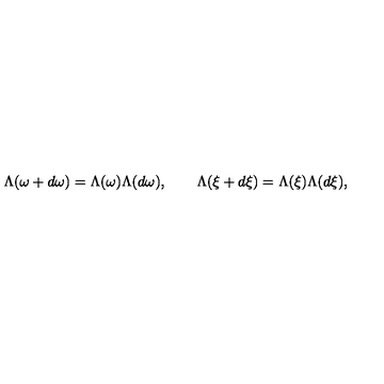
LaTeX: \Lambda ( \omega + d \omega ) = \Lambda ( \omega ) \Lambda ( d \omega ) , \qquad \Lambda ( \xi + d \xi ) = \Lambda ( \xi ) \Lambda ( d \xi ) ,